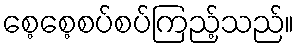
စေ့စေ့စပ်စပ်ကြည့်သည်။